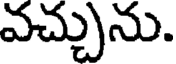
వచ్చును.